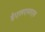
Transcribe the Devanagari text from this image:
ईएलएसएस